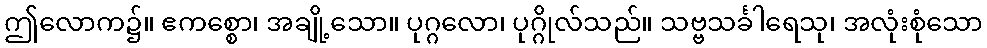
ဤလောက၌။ ဧကစ္စော၊ အချို့သော။ ပုဂ္ဂလော၊ ပုဂ္ဂိုလ်သည်။ သဗ္ဗသင်္ခါရေသု၊ အလုံးစုံသော